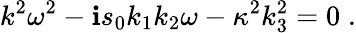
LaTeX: k^{2}{\omega}^{2}-\mathbf{i}s_{0}k_{1}k_{2}{\omega}-\kappa^{2}k_{3}^{2}=0\; .